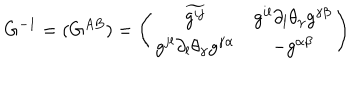
G ^ { - 1 } = ( G ^ { A B } ) = \left( \begin{array} { c c } { { \widetilde { { g } ^ { i j } } } } & { { g ^ { i l } \partial _ { l } \theta _ { \gamma } g ^ { \gamma \beta } } } \\ { { g ^ { j l } \partial _ { l } \theta _ { \gamma } g ^ { \gamma \alpha } } } & { { - g ^ { \alpha \beta } } } \\ \end{array} \right)